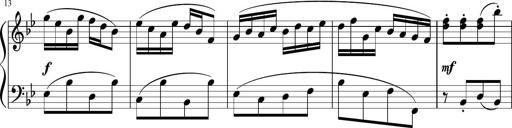
Title: 12 Keyboard Sonatinas
Composer: James Hook